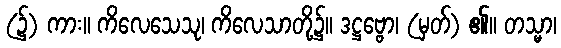
(၌) ကား။ ကိလေသေသု၊ ကိလေသာတို့၌။ ဒဋ္ဌဗ္ဗော၊ (မှတ်) ၏။ တသ္မာ၊